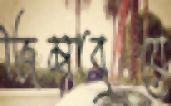
জিম্বাবুয়ে